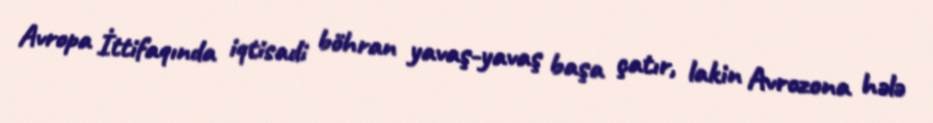
Avropa İttifaqında iqtisadi böhran yavaş-yavaş başa çatır, lakin Avrozona hələ